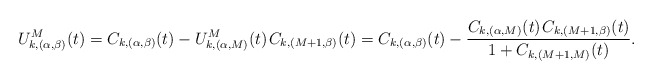
\begin{align*}U^M_{k,(\alpha,\beta)}(t) = C_{k,(\alpha,\beta)}(t) - U^M_{k,(\alpha,M)}(t) \kern+1pt C_{k,(M+1,\beta)}(t) = C_{k,(\alpha,\beta)}(t) - \frac{C_{k,(\alpha,M)}(t) \kern+1pt C_{k,(M+1,\beta)}(t)}{1+C_{k,(M+1,M)}(t)}.\end{align*}